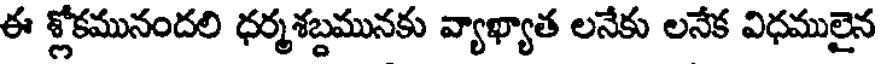
ఈ శ్లోకమునందలి ధర్మశబ్దమునకు వ్యాఖ్యాత లనేకు లనేక విధములైన